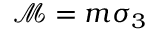
\mathcal { M } = m \sigma _ { 3 }